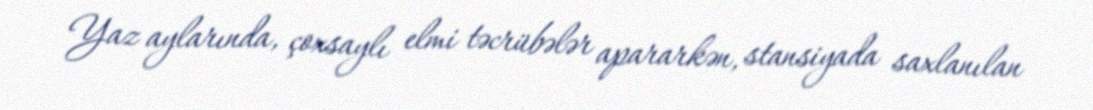
Yaz aylarında, çoxsaylı elmi təcrübələr apararkən, stansiyada saxlanılan